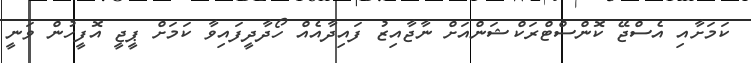
ކަމަށާއި އެސްޖޭ ކޮންސްޓްރަކްޝަންއަށް ނާޖާއިޒު ފައިދާއެއް ހޯދާދީފައިވާ ކަމަށް ޕީޖީ އޮފީހުން ވަނީ